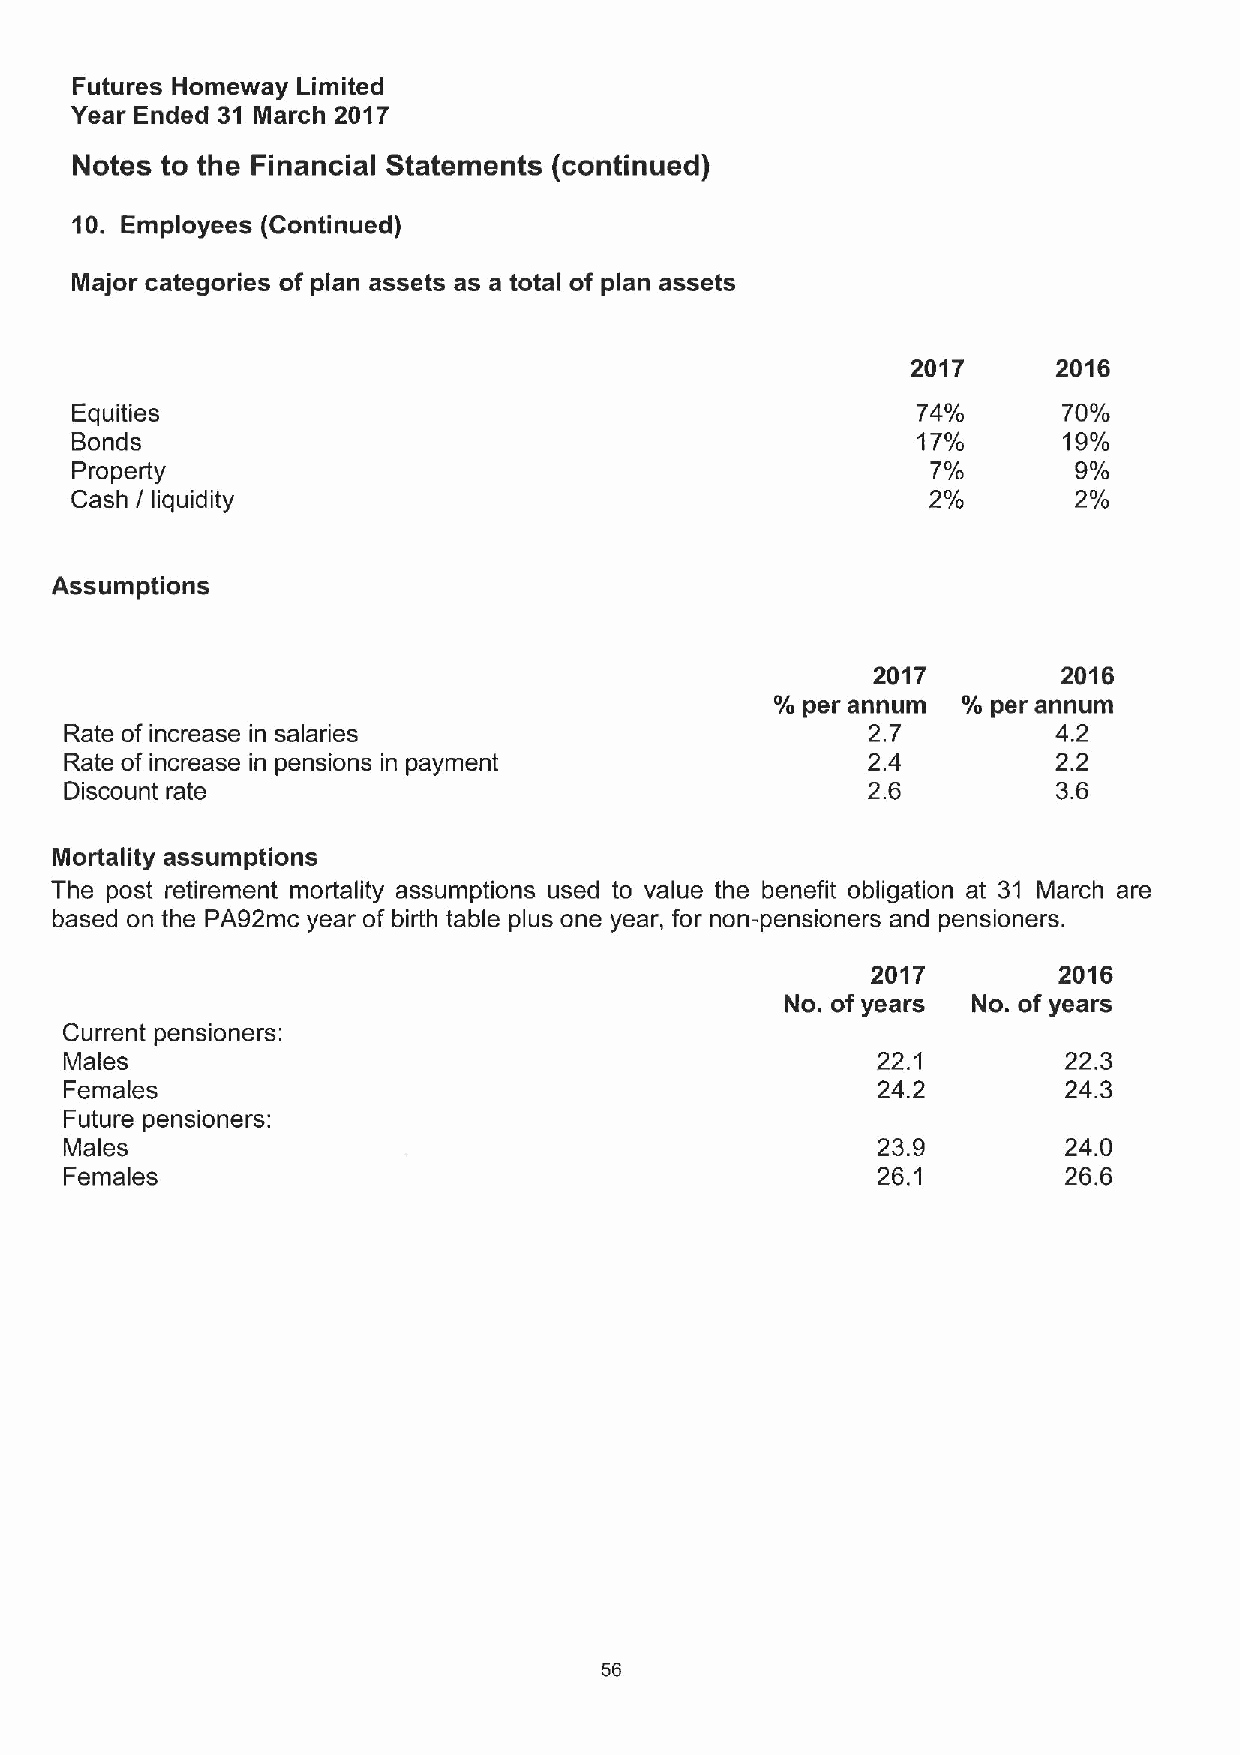
Futures Homeway Limited
 Year Ended 31 March 2017
 Notes to the Financial Statements (continued)
 10. Employees (Continued)
 Major categories of plan assets as a total of plan assets
 2017      2016
 Equities                                                74%      70%
 Bonds                                                   17%      19%
 Property                                                 7%       9%
 Cash I liquidity                                         2%       2%
 Assumptions
 2017        2016
 %per annum   % per annum
 Rate of increase in salaries                         2.7          4.2
 Rate of increase in pensions in payment              2.4          2.2
 Discount rate                                        2.6          3.6
 Mortality assumptions
 The post retirement mortality assumptions used to value the benefit obligation at 31 March are
 based on the PA92mc year of birth table plus one year, for non-pensioners and pensioners.
 2017        2016
 No. of years No. of years
 Current pensioners:
 Males                                                 22. 1        22.3
 Females                                               24.2         24.3
 Future pensioners:
 Males                                                 23.9         24.0
 Females                                               26. 1        26.6
 56